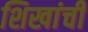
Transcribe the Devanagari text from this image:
शिखांची